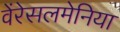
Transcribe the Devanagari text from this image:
वेंरेसलमेनिया